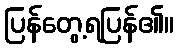
ပြန်တွေ့ရပြန်၏။